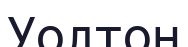
Уолтон